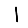
Digit: 1